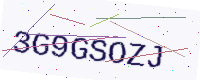
Text: 3G9GSOZJ